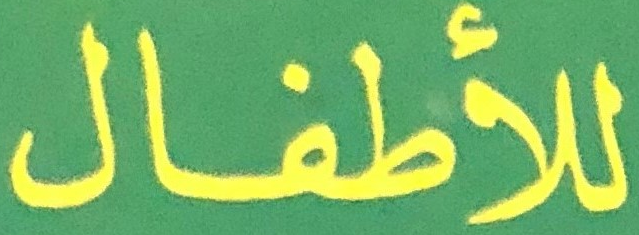
للأطفال